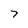
Character: 7